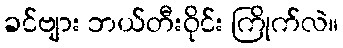
ခင်ဗျား ဘယ်တီးဝိုင်း ကြိုက်လဲ။